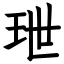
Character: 玴